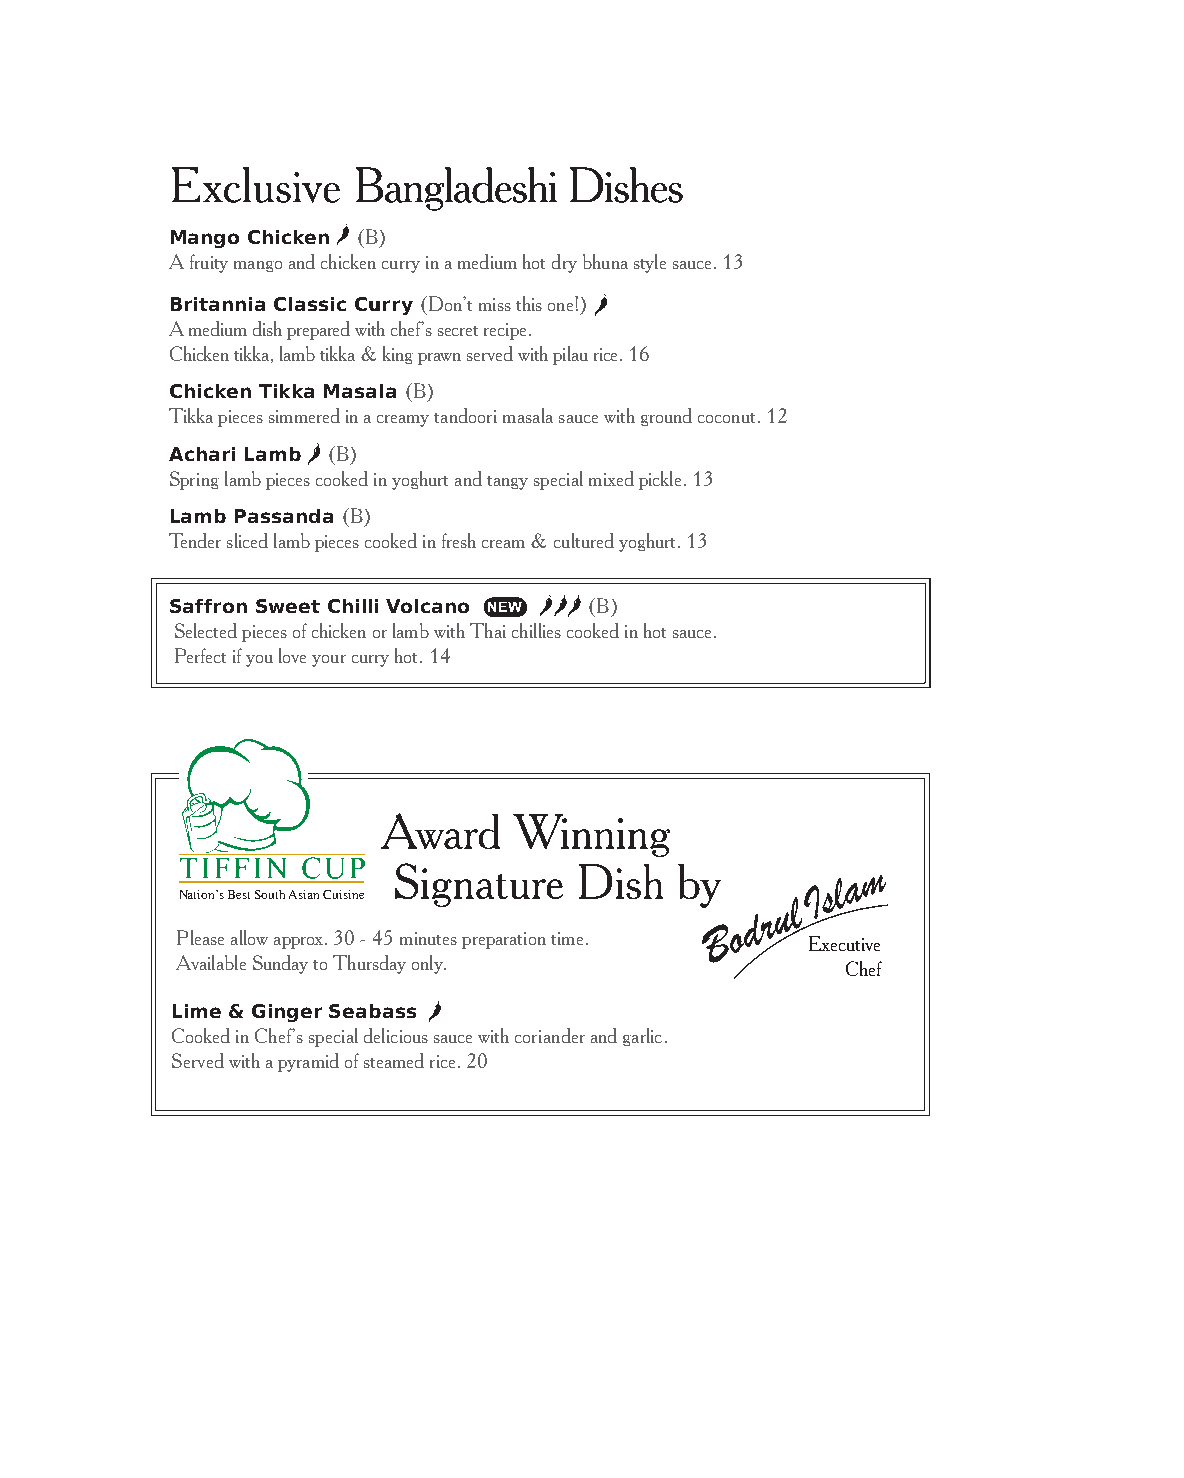
Exclusive    Bangladeshi   Dishes
 Mango Chicken (B)
 A fruity mango and chicken curry in a medium hot dry bhuna style sauce. 13
 Britannia Classic Curry (Don’t miss this one!)
 A medium dish prepared with chef’s secret recipe.
 Chicken tikka, lamb tikka & king prawn served with pilau rice. 16
 Chicken Tikka Masala (B)
 Tikka pieces simmered in a creamy tandoori masala sauce with ground coconut. 12
 Achari Lamb (B)
 Spring lamb pieces cooked in yoghurt and tangy special mixed pickle. 13
 Lamb Passanda (B)
 Tender sliced lamb pieces cooked in fresh cream & cultured yoghurt. 13
 Saffron Sweet Chilli Volcano N E W (B)
 Selected pieces of chicken or lamb with Thai chillies cooked in hot sauce.
 Perfect if you love your curry hot. 14
 Award    Winning
 Signature   Dish   by          a m
 I s l
 Nation’s Best South Asian Cuisine       u l
 d r
 B o
 Please allow approx. 30 - 45 minutes preparation time. Executive
 Available Sunday to Thursday only.          Chef
 Lime & Ginger Seabass
 Cooked in Chef’s special delicious sauce with coriander and garlic.
 Served with a pyramid of steamed rice. 20